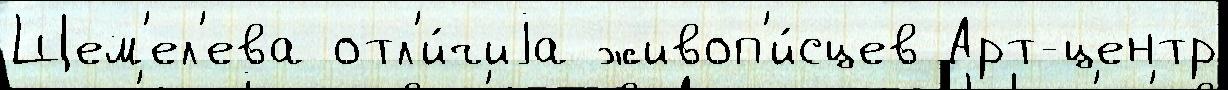
Щем'ел'ева отл'и́чиjа живоп'и́сцев Арт-центр